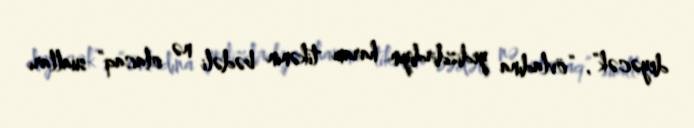
deyəcək”, “övladına yedizdirdiyin haram tikənin bədəli nə olacaq” sualları